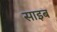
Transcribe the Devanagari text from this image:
साइब